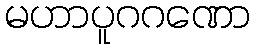
မဟာပူဂဂဏော